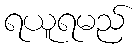
ရယူရမည်